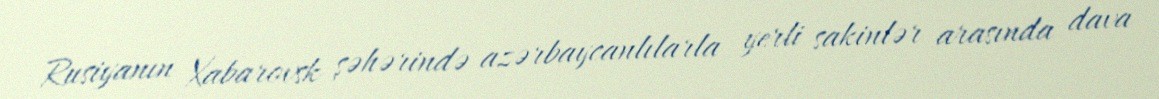
Rusiyanın Xabarovsk şəhərində azərbaycanlılarla yerli sakinlər arasında dava